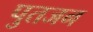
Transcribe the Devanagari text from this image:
पुतजन